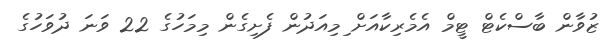
ޒުވާން ބާސްކެޓް ޓީމް އެމެރިކާއަށް ިމިއަދުން ފެށިގެން މިމަހުގެ 22 ވަނަ ދުވަހުގެ